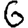
Digit: 6